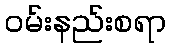
ဝမ်းနည်းစရာ